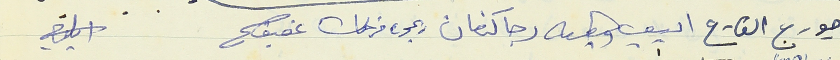
جورج القارح اديب وهبه رجا كنعان ريمون فرحات عفيف